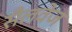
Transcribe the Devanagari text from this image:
सैलवेज